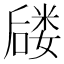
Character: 𪢈